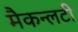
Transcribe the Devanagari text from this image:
मैकन्लटी